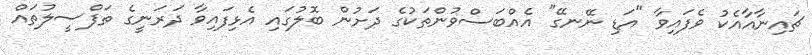
ޗައިނާއާއެކު ވެފައިވާ "އަޑި ނޭނގޭ" އެއްބަސްވުންތަކުގެ ދަށުން ބޮލުގައި އެޅިފައިވާ ދަރަނީގެ ތަފްސީލުތައް